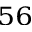
^ { 5 6 }